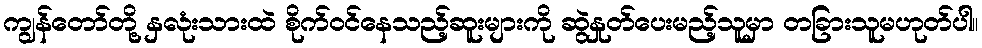
ကျွန်တော်တို့ နှလုံးသားထဲ စိုက်ဝင်နေသည့်ဆူးများကို ဆွဲနှုတ်ပေးမည့်သူမှာ တခြားသူမဟုတ်ပါ။